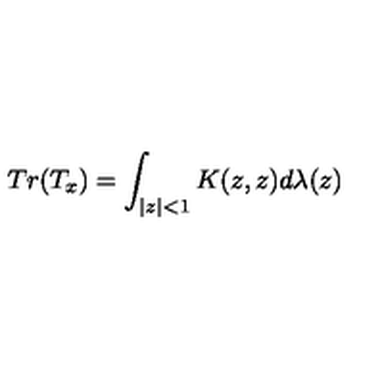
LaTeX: T r ( T _ { x } ) = \int _ { | z | < 1 } K ( z , z ) d \lambda ( z )